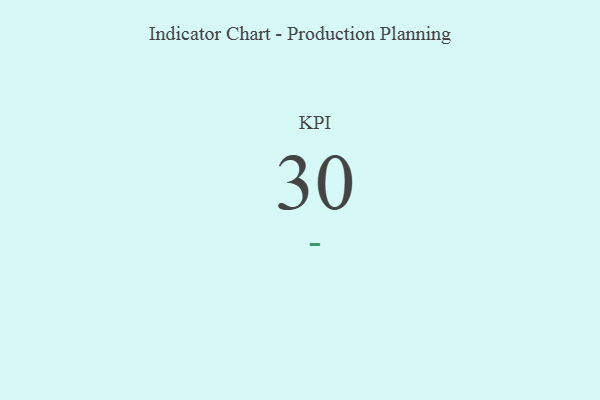
{"axis": {"x": "KPI", "y": "Value"}, "legend": [""], "data": [{"x": "KPI", "y": 30, "type": ""}]}